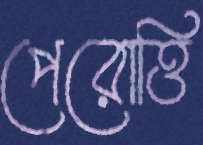
পেরোত্তি